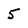
Character: 5